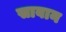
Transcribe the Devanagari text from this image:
साबान